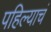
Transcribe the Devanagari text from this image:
पहिल्याचं